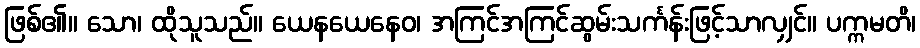
ဖြစ်၏။ သော၊ ထိုသူသည်။ ယေနယေနေဝ၊ အကြင်အကြင်ဆွမ်းသင်္ကန်းဖြင့်သာလျှင်။ ပက္ကမတိ၊